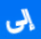
إلى